Bréfritari: Halldór Pétursson
Viðtakandi: Jón Borgfirðingur
Dagsetning: A-1854-08-13
Skrifað á: Illugastöðum í Fnjóskadal  S-Þing.
22 ára árið 1855

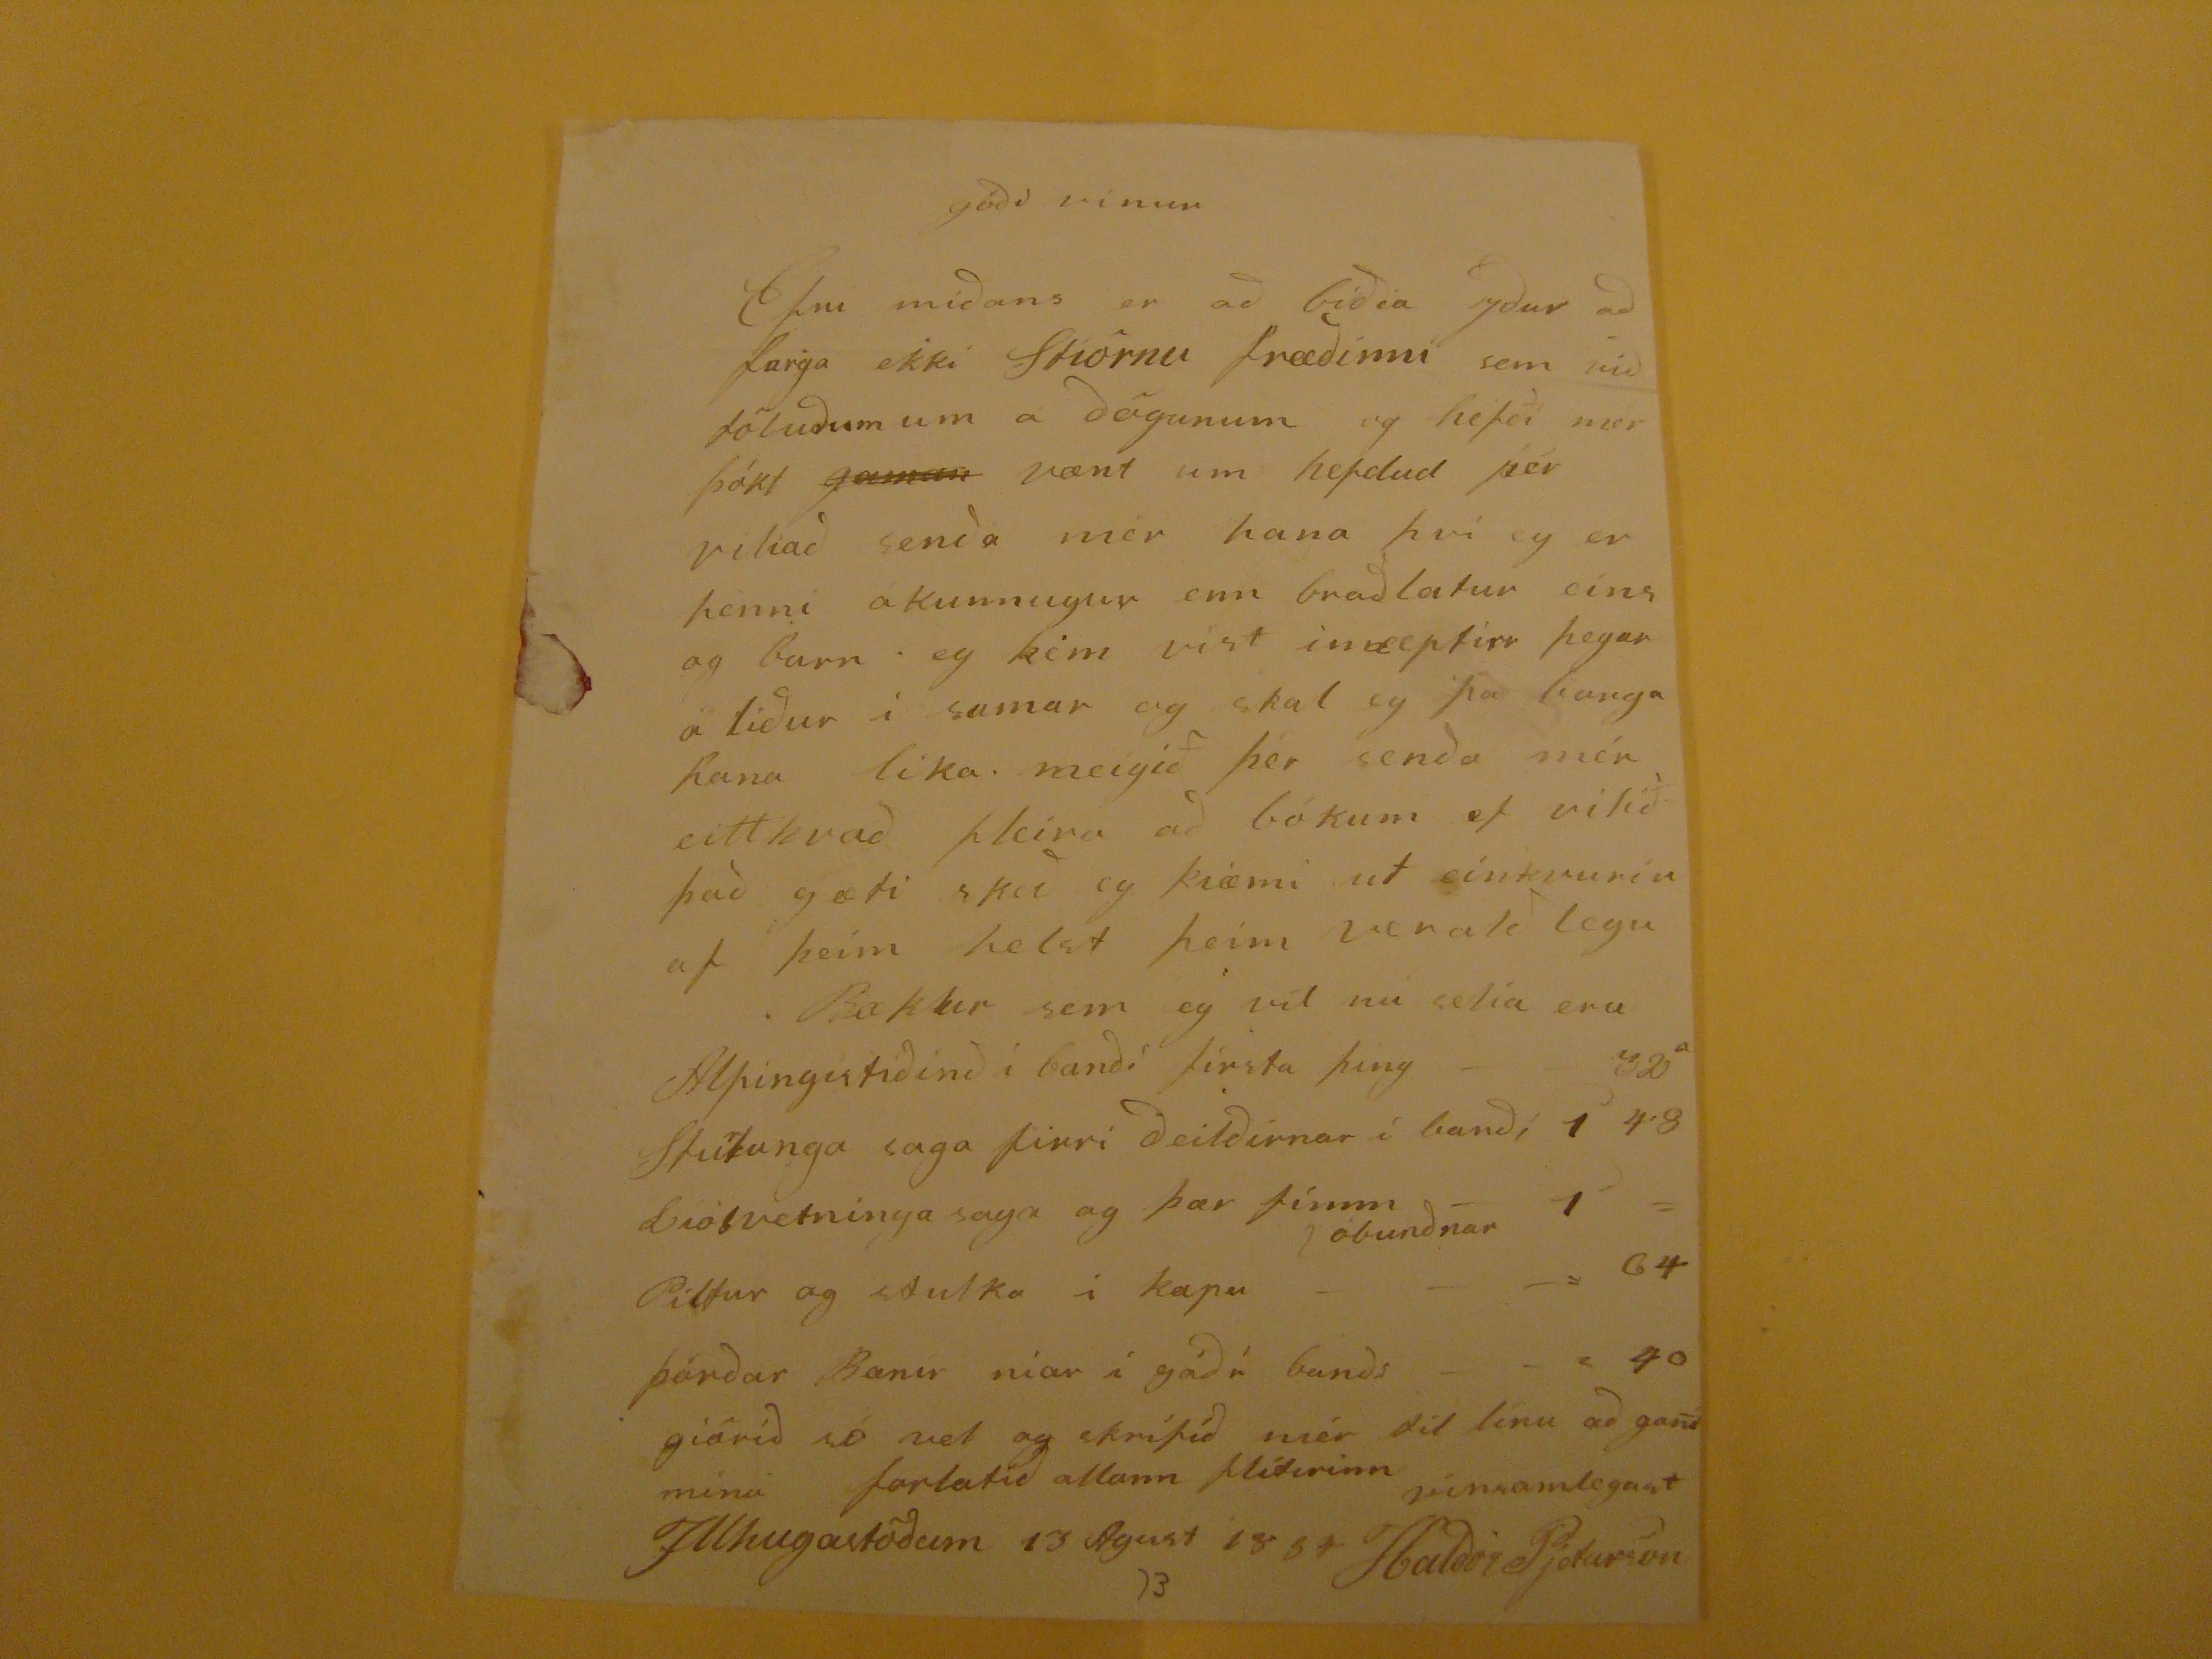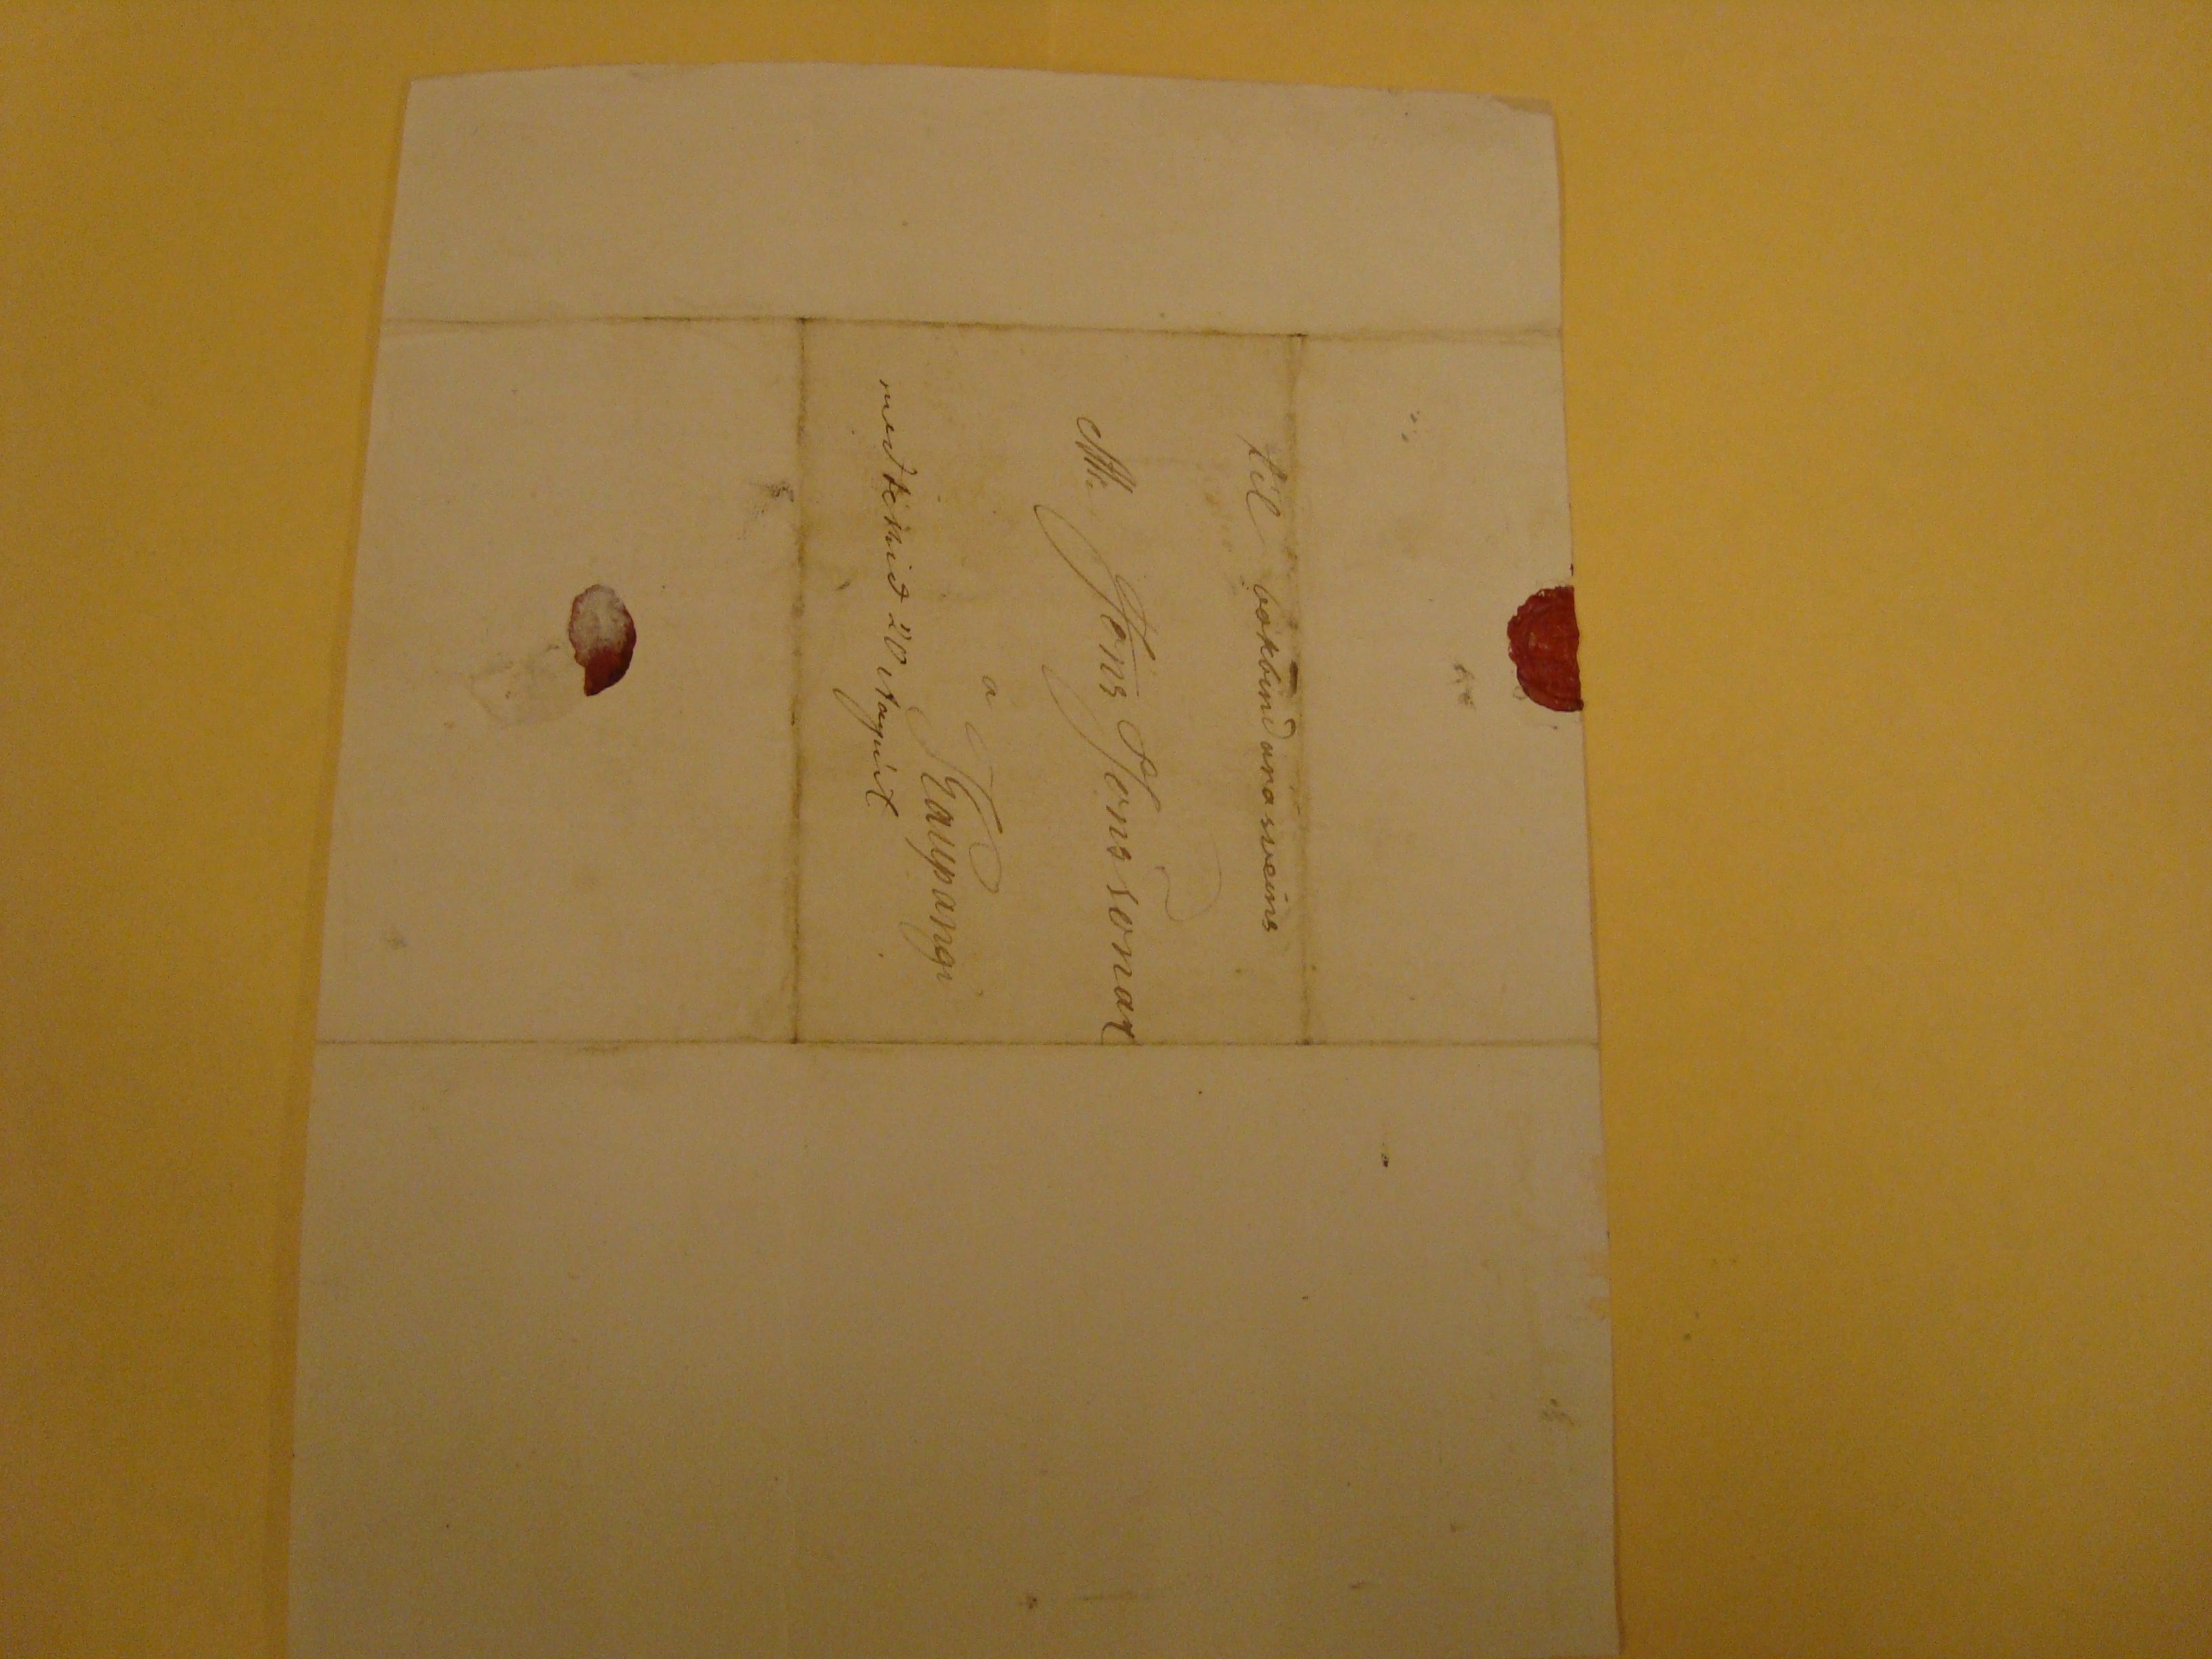

gódi vinur
Efni midans er ad bidia ydur ad farga ekki Stiörnu frædinni sem vid töludum um á dögunum og hefði nær þókt
gaman
vænt um hefdud þér viljad senda mér hana því eg er henni ókunnugur enn bradlatur eins og barn eg kém víst inneptirr þegar á lidur í sumar og skal eg þa
langa
hana lika meigið þer senda mér eitthvad fleira ad bókum ef vilið þad gæti skeð og kiæmi við einkvuriu af þeim helst þeim verald legu
.Bakkir sem eg vil nu selia eru Alþingistidind i bandi firsta þing - 32a Sturlunga saga firri deildirnar i bandi 1 48 Liósvetninga saga og þær firrum óbundnar - 1 = Piltur og stulka i kapu - = 64 þórdar Bænir níar í gódú bandi - = 40 gjiörid so vel og skrifid mér til línu ad
ganni
mínu forlatid allann
flítirinn
vinsamlegast Illhugastödum 13 Agust 1854 Haldór Pjeturson
Til bókbindarasveins
Hr.
Jóns Jónssonar
a
Kaupangi
meðtekið 20 Augúst